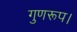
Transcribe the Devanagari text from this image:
गुणरूप।